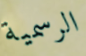
الرسمية